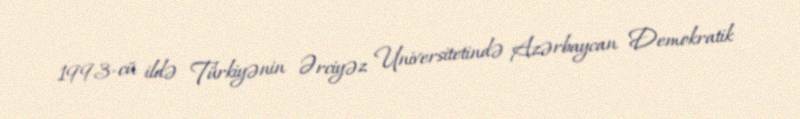
1993-cü ildə Türkiyənin Ərciyəz Universitetində Azərbaycan Demokratik